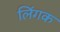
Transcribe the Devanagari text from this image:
लिंगक